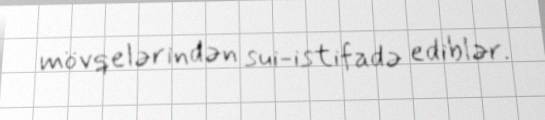
mövqelərindən sui-istifadə ediblər.